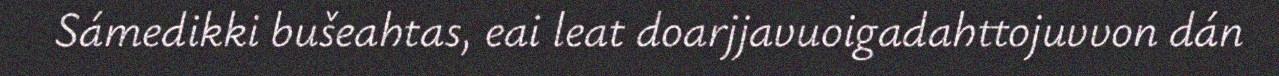
Sámedikki bušeahtas, eai leat doarjjavuoigadahttojuvvon dán